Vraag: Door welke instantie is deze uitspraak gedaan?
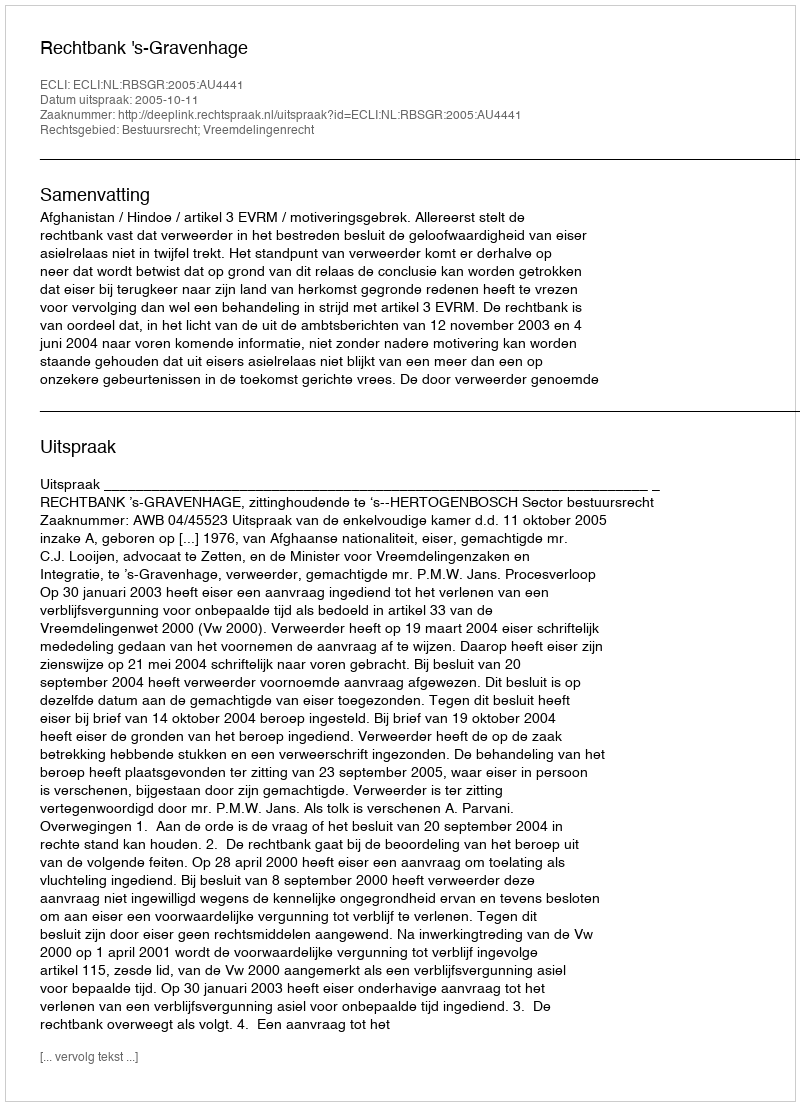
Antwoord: Rechtbank 's-Gravenhage